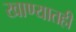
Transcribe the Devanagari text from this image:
खाण्यातही